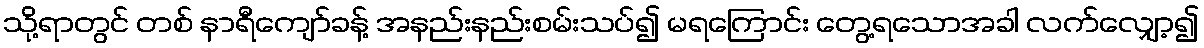
သို့ရာတွင် တစ် နာရီကျော်ခန့် အနည်းနည်းစမ်းသပ်၍ မရကြောင်း တွေ့ရသောအခါ လက်လျှော့၍